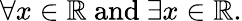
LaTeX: \forall x\in\mathbb{R}{\mathrm{~and~}}\exists x\in\mathbb{R}.